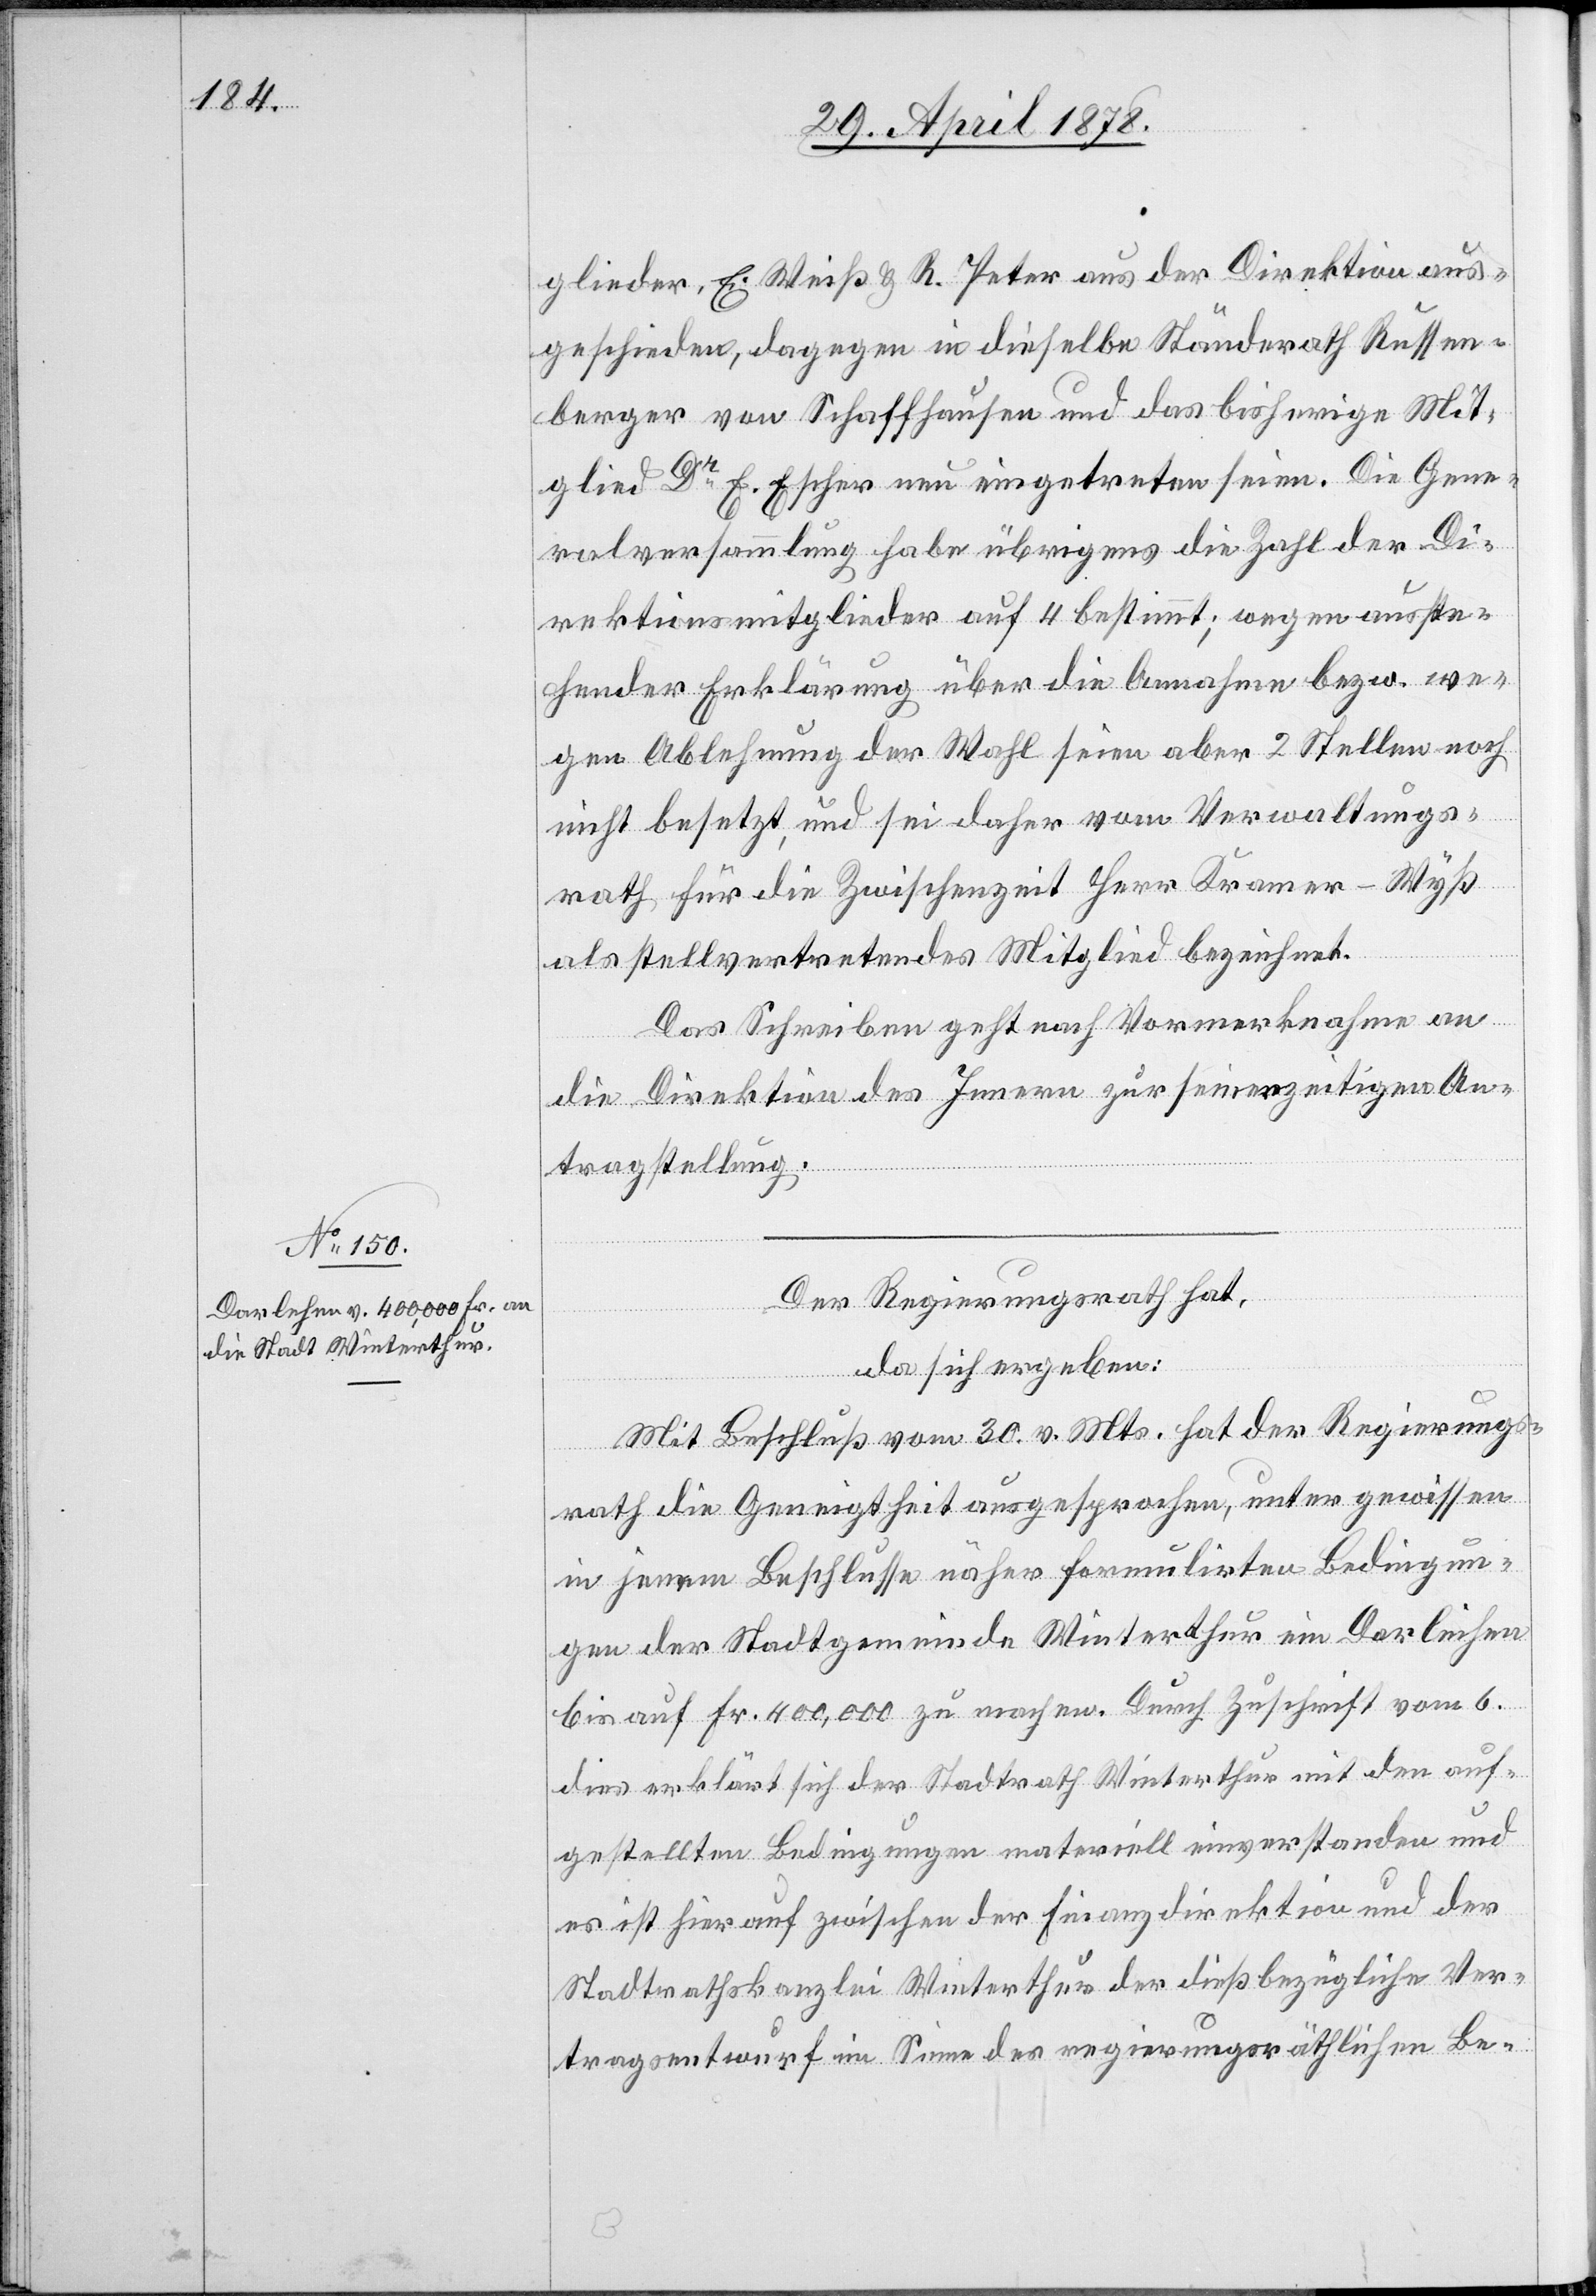
glieder, E. Weiß & R. Peter aus der Direktion aus¬
geschieden, dagegen in dieselbe Ständerath Russen¬
berger von Schaffhausen und das bisherige Mit¬
glied Dr E. Escher neu eingetreten seien. Die Gene¬
ralversammlung habe übrigens die Zahl der Di¬
rektionsmitglieder auf 4 bestimmt; wegen ausste¬
hender Erklärung über die Annahme bezw. we¬
gen Ablehnung der Wahl seien aber 2 Stellen noch
nicht besetzt, und sei daher vom Verwaltungs¬
rath für die Zwischenzeit Herr Krauer-Wyß
als stellvertretendes Mitglied bezeichnet.
Das Schreiben geht nach Vormerknahme an
die Direktion des Innern zur seinerzeitigen An¬
tragstellung.
Der Regierungsrath hat,
da sich ergeben:
Mit Beschluß vom 30. v. Mts. hat der Regierungs¬
rath die Geneigtheit ausgesprochen, unter gewissen
in jenem Beschlusse näher formulirten Bedingun¬
gen der Stadtgemeinde Winterthur ein Darleihen
bis auf Fr. 400,000 zu machen. Durch Zuschrift vom 6.
dies erklärt sich der Stadtrath Winterthur mit den auf¬
gestellten Bedingungen materiell einverstanden und
es ist hierauf zwischen der Finanzdirektion und der
Stadtrathskanzlei Winterthur der dießbezügliche Ver¬
tragsentwurf im Sinne des regierungsräthlichen Be-